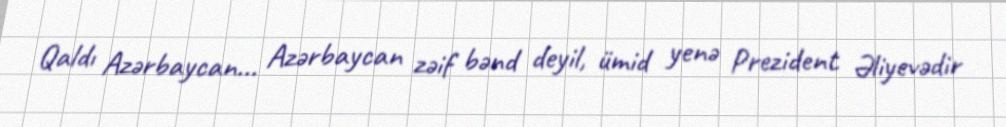
Qaldı Azərbaycan... Azərbaycan zəif bənd deyil, ümid yenə Prezident Əliyevədir